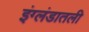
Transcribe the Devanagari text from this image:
इंग्लंडातली